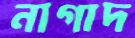
নাগাদ